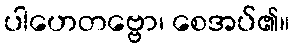
ပါဟေတဗ္ဗော၊ စေအပ်၏။